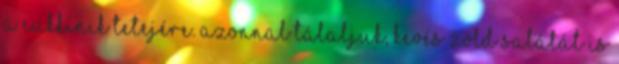
a cukkinik tetejére. Azonnal tálaljuk, kevés zöld salátát is